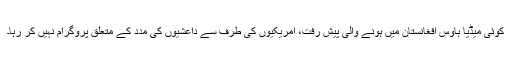
کوئی میڈیا ہاوس افغانستان میں ہونے والی پیش رفت، امریکیوں کی طرف سے داعشیوں کی مدد کے متعلق پروگرام نہیں کر رہا۔